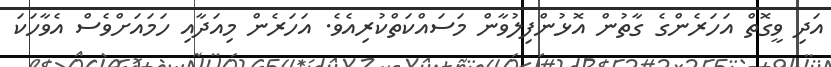
އަދި ވީގޮތް އަހަރެންގެ ގާތުން އޮޅުންފިލުވާން މަސައްކަތްކުރިއެވެ. އަހަރެން މިއަދާއި ހަމައަށްވެސް އެވާހަކަ